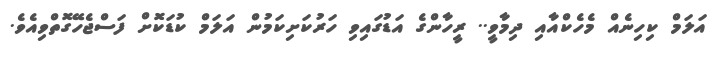
އަލަމް ކިހިނެއް މެހެކްއާއި ދިމާވީ.. ރީހާންގެ އަޑުގައިވި ހަރުކަށިކަމުން އަލަމް ކުޑަކޮށް ފަސްޖެހޭގޮތްވިއެވެ.